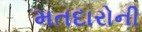
મતદારોની